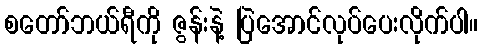
စတော်ဘယ်ရီကို ဇွန်းနဲ့ ပြဲအောင်လုပ်ပေးလိုက်ပါ။